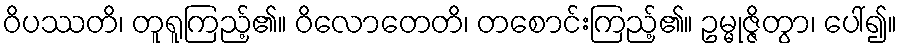
ဝိပဿတိ၊ တူရူကြည့်၏။ ဝိလောတေတိ၊ တစောင်းကြည့်၏။ ဥမ္မုဇ္ဇိတွာ၊ ပေါ်၍။